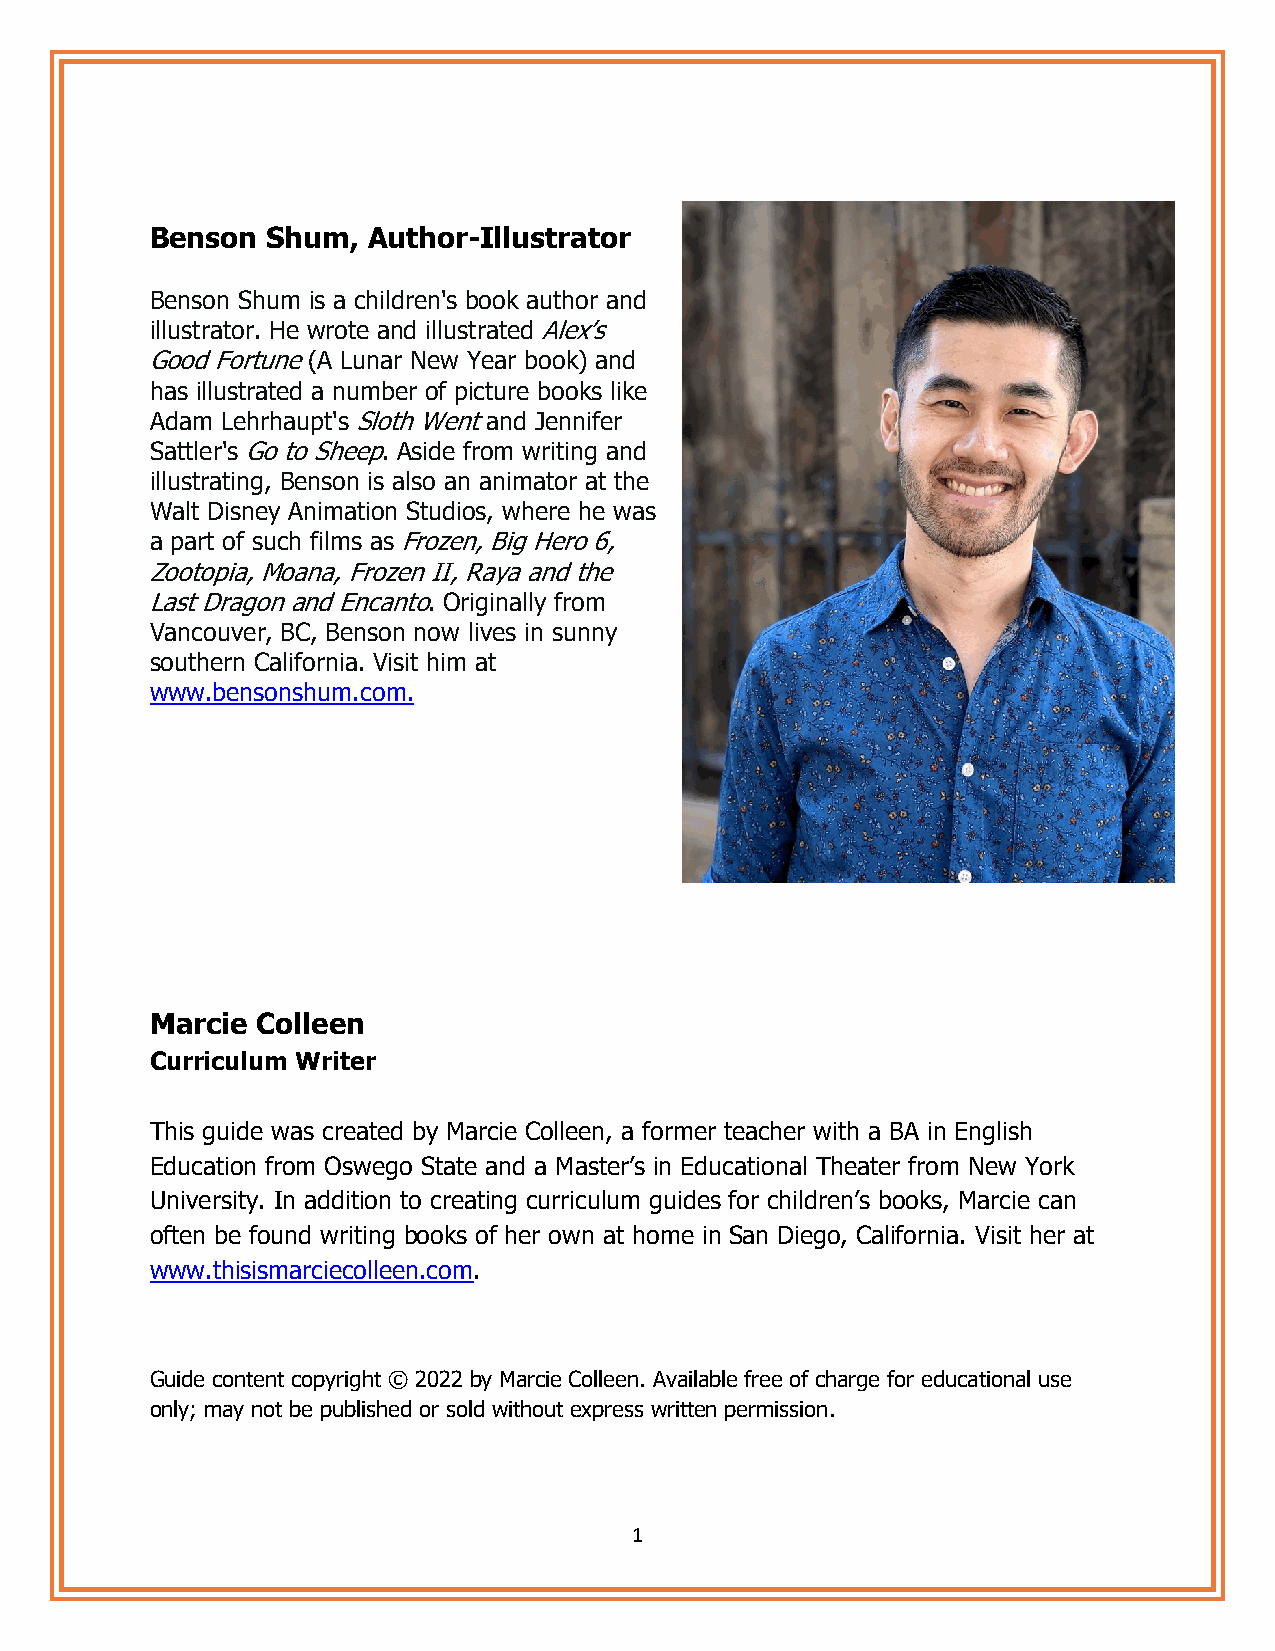
Benson  Shum, Author-Illustrator
 Benson Shum is a children's book author and
 illustrator. He wrote and illustrated Alex’s
 Good Fortune (A Lunar New Year book) and
 has illustrated a number of picture books like
 Adam Lehrhaupt's Sloth Went and Jennifer
 Sattler's Go to Sheep. Aside from writing and
 illustrating, Benson is also an animator at the
 Walt Disney Animation Studios, where he was
 a part of such films as Frozen, Big Hero 6,
 Zootopia, Moana, Frozen II, Raya and the
 Last Dragon and Encanto. Originally from
 Vancouver, BC, Benson now lives in sunny
 southern California. Visit him at
 www.bensonshum.com.
 Marcie Colleen
 Curriculum Writer
 This guide was created by Marcie Colleen, a former teacher with a BA in English
 Education from Oswego State and a Master’s in Educational Theater from New York
 University. In addition to creating curriculum guides for children’s books, Marcie can
 often be found writing books of her own at home in San Diego, California. Visit her at
 www.thisismarciecolleen.com.
 Guide content copyright © 2022 by Marcie Colleen. Available free of charge for educational use
 only; may not be published or sold without express written permission.
 1